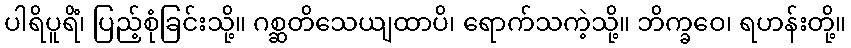
ပါရိပူရိံ၊ ပြည့်စုံခြင်းသို့။ ဂစ္ဆတိသေယျထာပိ၊ ရောက်သကဲ့သို့။ ဘိက္ခဝေ၊ ရဟန်းတို့။